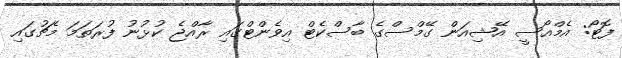
ފޮޓޯ: އެމްއޯސީ އޭޝިއަން ގޭމްސްގެ ބާސްކެޓް އިވެންޓްގައި ރާއްޖެ ކުޅުނު ފުރަތަމަ މެޗުގައި